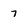
Character: 7